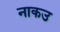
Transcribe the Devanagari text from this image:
नाकउ